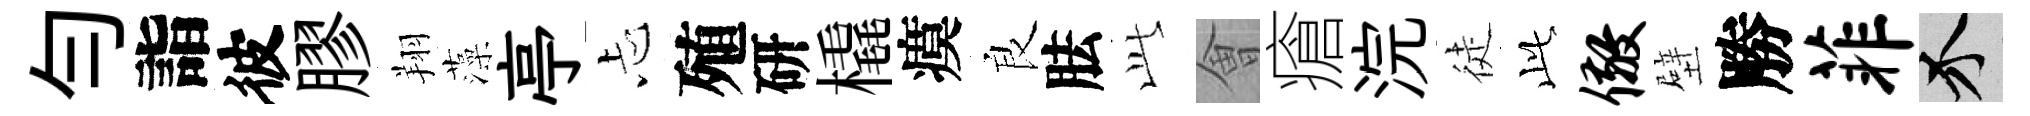
勻詣彼膠翔藻亭忐殖研橇瘼良胠𬼘㑹瘡浣徒𬼘儆壁勝菲介